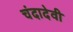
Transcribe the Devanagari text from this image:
चंदादेवी